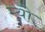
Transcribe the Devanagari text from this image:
म्‍यो